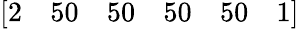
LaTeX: \left[\begin{array}{llllll}{2}&{50}&{50}&{50}&{50}&{1}\end{array}\right]